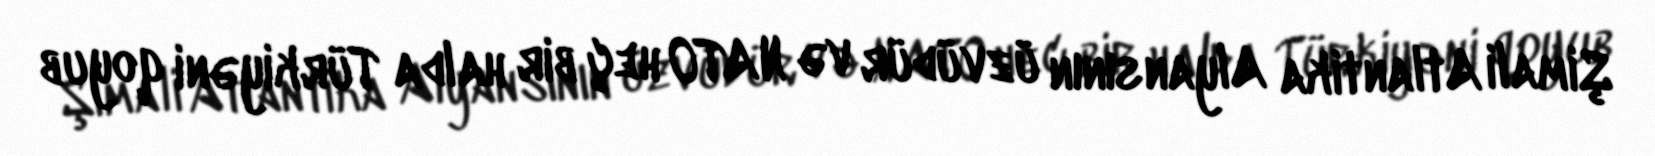
Şimali Atlantika Alyansının üzvüdür və NATO heç bir halda Türkiyəni qoyub